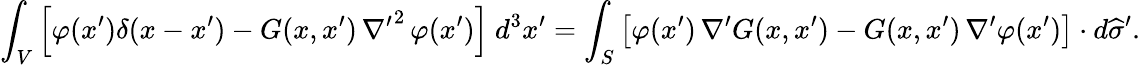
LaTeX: \int_{V}\left[\varphi(x^{\prime})\delta(x-x^{\prime})-G(x,x^{\prime})\, {\nabla^{\prime}}^{2}\, \varphi(x^{\prime})\right]\ d^{3}x^{\prime}=\int_{S}\left[\varphi(x^{\prime})\, {\nabla^{\prime}}G(x,x^{\prime})-G(x,x^{\prime})\, {\nabla^{\prime}}\varphi(x^{\prime})\right]\cdot d{\widehat{\sigma}}^{\prime}.